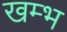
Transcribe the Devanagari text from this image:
खम्‍भ